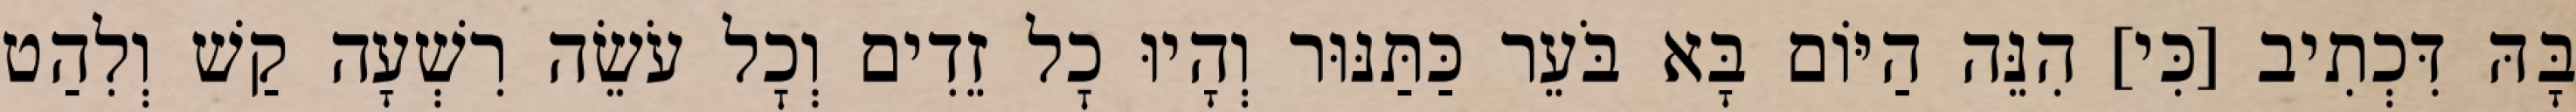
בָּהּ דִּכְתִיב [כִּי] הִנֵּה הַיּוֹם בָּא בֹּעֵר כַּתַּנּוּר וְהָיוּ כׇל זֵדִים וְכׇל עֹשֵׂה רִשְׁעָה קַשׁ וְלִהַט